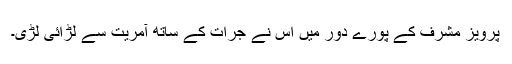
پرویز مشرف کے پورے دور میں اس نے جرات کے ساتھ آمریت سے لڑائی لڑی۔